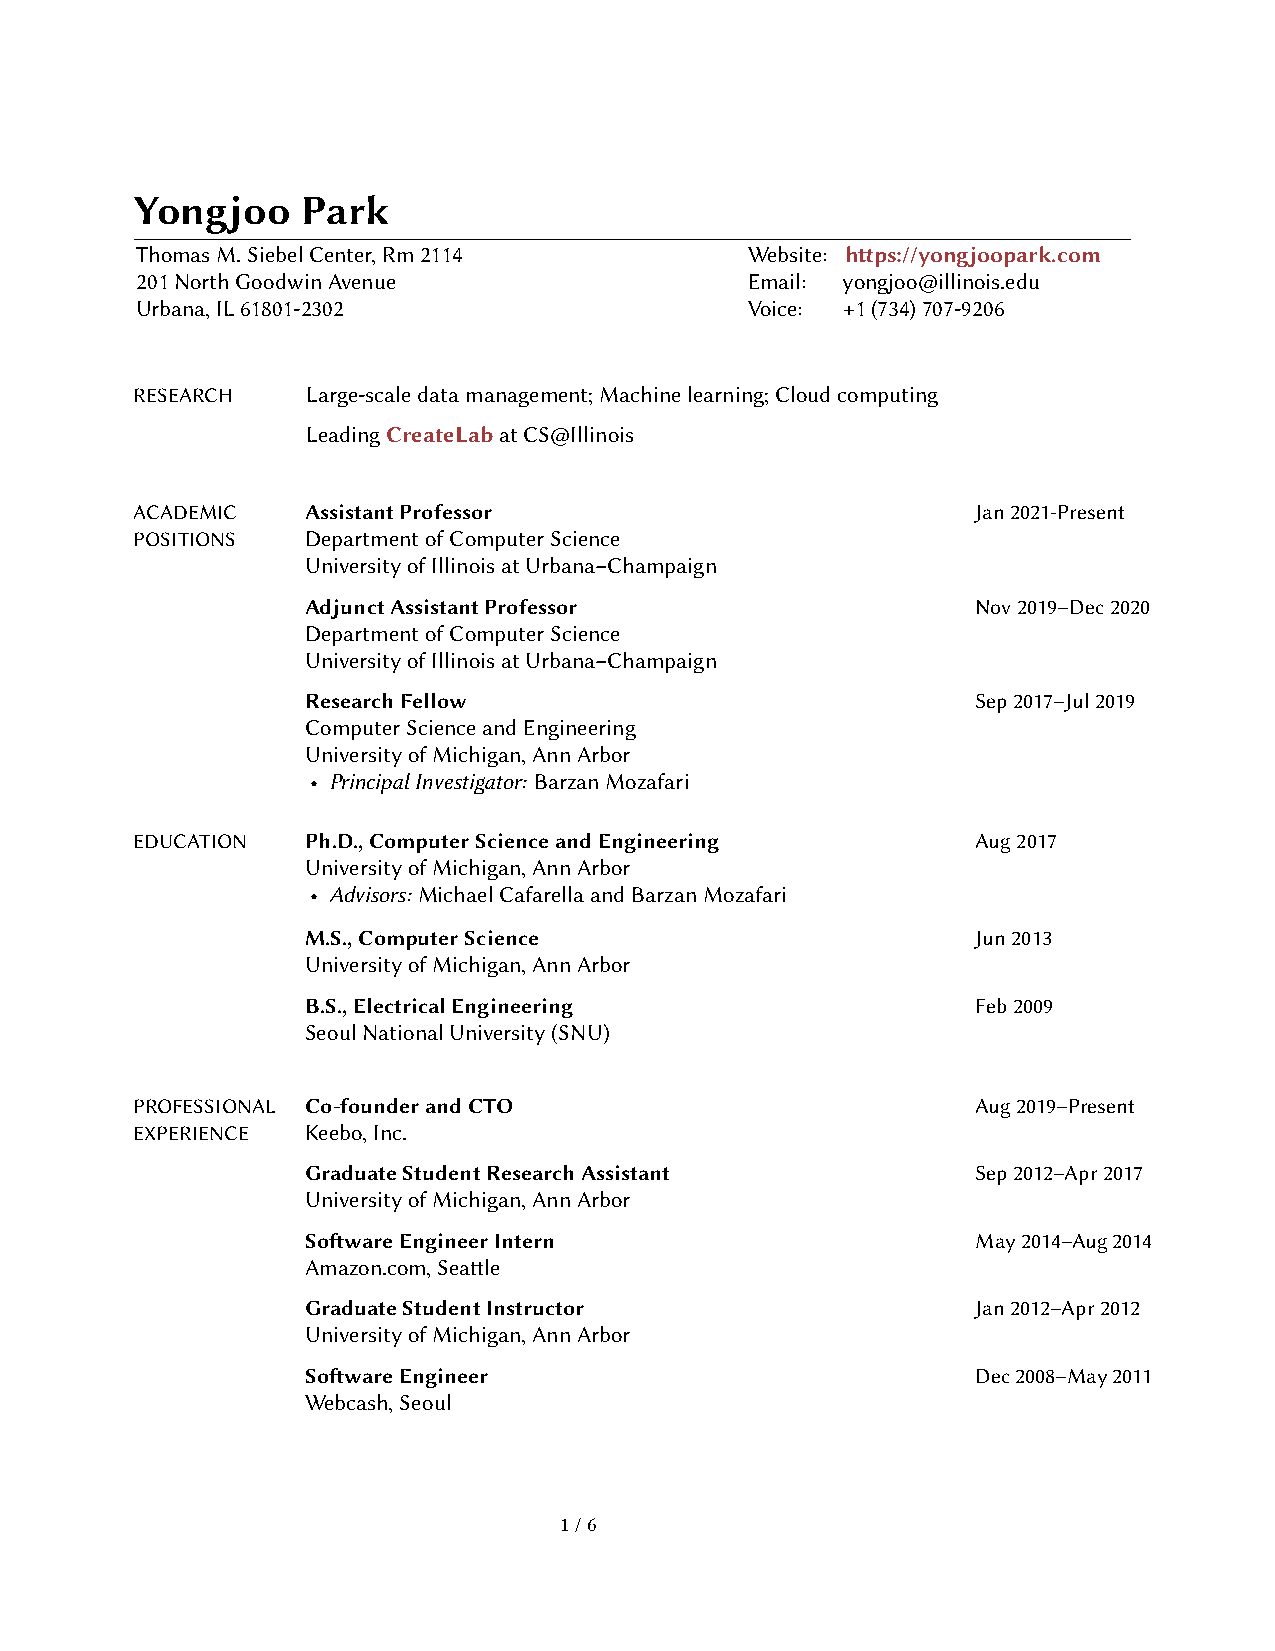
Yongjoo    Park
 ThomasM.SiebelCenter,Rm2114             Website: https://yongjoopark.com
 201NorthGoodwinAvenue                   Email: yongjoo@illinois.edu
 Urbana,IL61801-2302                     Voice: +1(734)707-9206
 RESEARCH   Large-scaledatamanagement;Machinelearning;Cloudcomputing
 LeadingCreateLabatCS@Illinois
 ACADEMIC   AssistantProfessor                           Jan2021-Present
 POSITIONS  DepartmentofComputerScience
 UniversityofIllinoisatUrbana–Champaign
 AdjunctAssistantProfessor                    Nov2019–Dec2020
 DepartmentofComputerScience
 UniversityofIllinoisatUrbana–Champaign
 ResearchFellow                               Sep2017–Jul2019
 ComputerScienceandEngineering
 UniversityofMichigan,AnnArbor
 • PrincipalInvestigator: BarzanMozafari
 EDUCATION  Ph.D.,ComputerScienceandEngineering          Aug2017
 UniversityofMichigan,AnnArbor
 • Advisors: MichaelCafarellaandBarzanMozafari
 M.S.,ComputerScience                         Jun2013
 UniversityofMichigan,AnnArbor
 B.S.,ElectricalEngineering                   Feb2009
 SeoulNationalUniversity(SNU)
 PROFESSIONAL Co-founderandCTO                           Aug2019–Present
 EXPERIENCE Keebo,Inc.
 GraduateStudentResearchAssistant             Sep2012–Apr2017
 UniversityofMichigan,AnnArbor
 SoftwareEngineerIntern                       May2014–Aug2014
 Amazon.com,Seattle
 GraduateStudentInstructor                    Jan2012–Apr2012
 UniversityofMichigan,AnnArbor
 SoftwareEngineer                             Dec2008–May2011
 Webcash,Seoul
 1/6